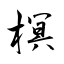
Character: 榠